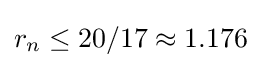
r_{n}\leq 20/17\approx 1.176